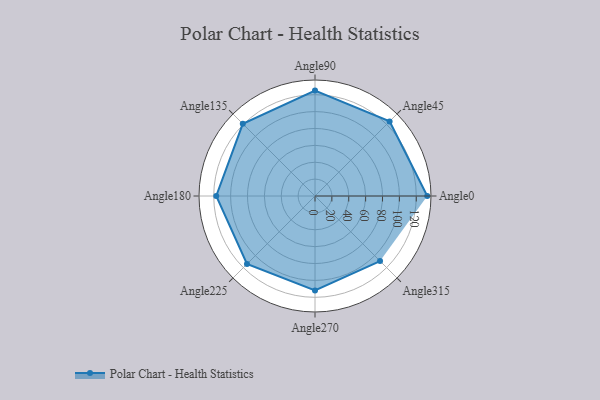
{"axis": {"x": "Angle", "y": "Radius"}, "legend": [""], "data": [{"x": "Angle0", "y": 133.0, "type": ""}, {"x": "Angle45", "y": 125.0, "type": ""}, {"x": "Angle90", "y": 125.0, "type": ""}, {"x": "Angle135", "y": 121.0, "type": ""}, {"x": "Angle180", "y": 117.0, "type": ""}, {"x": "Angle225", "y": 114.0, "type": ""}, {"x": "Angle270", "y": 112.0, "type": ""}, {"x": "Angle315", "y": 109.0, "type": ""}]}